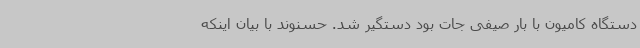
دستگاه کامیون با بار صیفی جات بود دستگیر شد. حسنوند با بیان اینکه